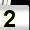
Digit: 2